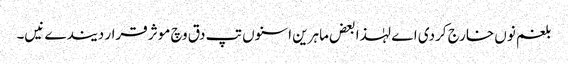
بلغم نو‏‏ں خارج کردی اے لہٰذا بعض ماہرین اسنو‏ں تپ دق وچ موثر قرار دیندے نیں۔